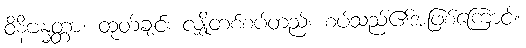
ဝိနိဗန္ဓတ္တာ၊ ထုတ်ချင်း လျှိုတစ်စပ်တည်း စပ်သည်၏အဖြစ်ကြောင့်။